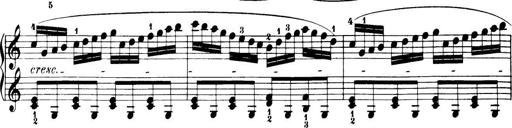
Title: 32 Sonatinas and Rondos for the Piano
Composer: Richard Kleinmichel